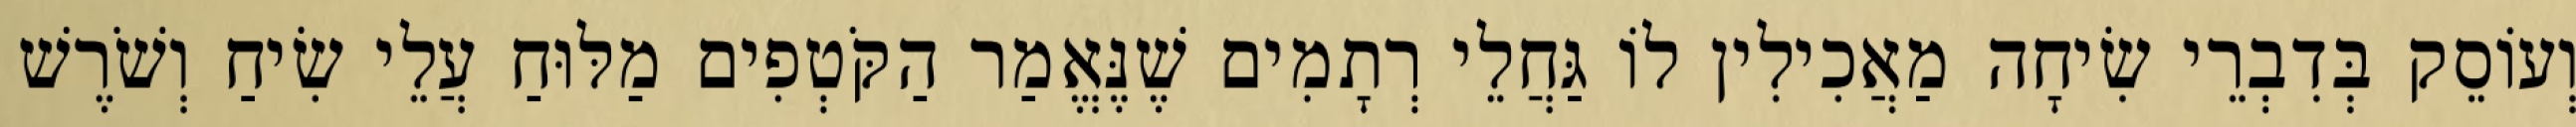
וְעוֹסֵק בְּדִבְרֵי שִׂיחָה מַאֲכִילִין לוֹ גַּחֲלֵי רְתָמִים שֶׁנֶּאֱמַר הַקֹּטְפִים מַלּוּחַ עֲלֵי שִׂיחַ וְשֹׁרֶשׁ